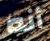
أنه